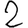
Digit: 2